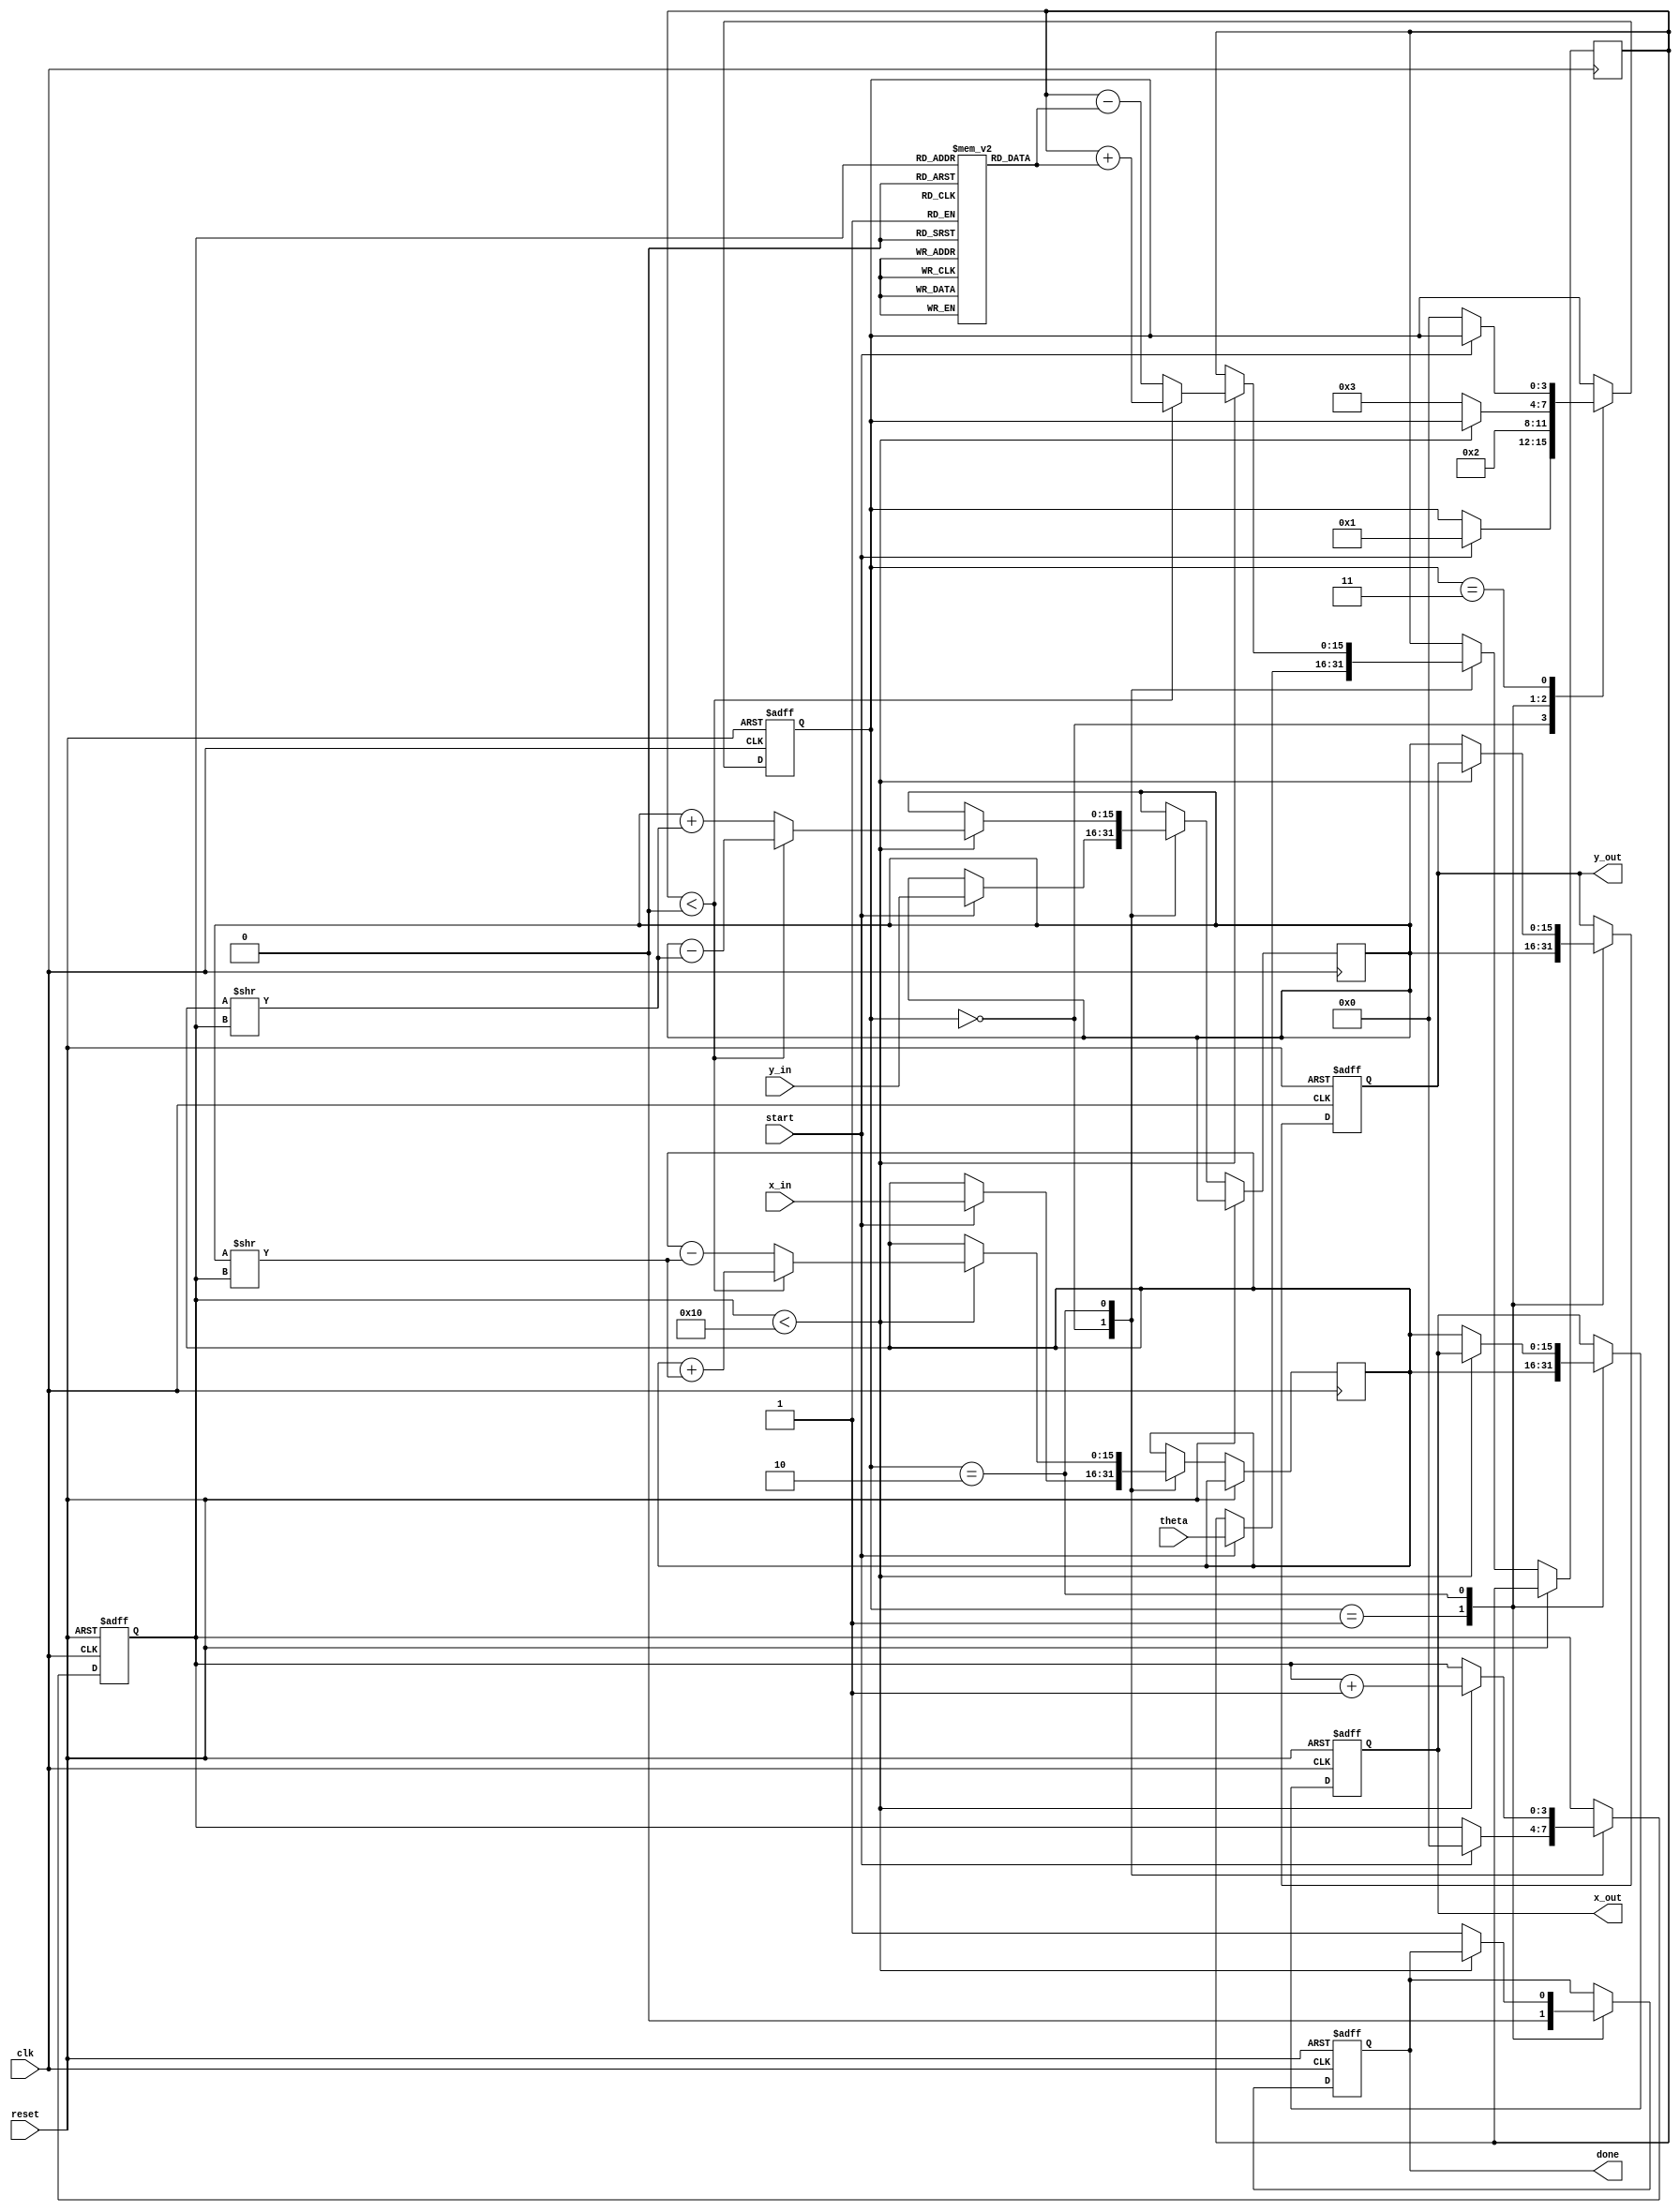
module cordic (
    input wire clk,
    input wire reset,
    input wire start,
    input wire [15:0] theta, // Angle input (fixed-point representation)
    input wire [15:0] x_in,  // X input vector (fixed-point representation)
    input wire [15:0] y_in,  // Y input vector (fixed-point representation)
    output reg [15:0] x_out, // Resultant X output vector
    output reg [15:0] y_out, // Resultant Y output vector
    output reg done          // Status signal indicating completion
);

    // CORDIC parameters
    parameter NUM_ITERATIONS = 16;
    reg [15:0] angle_table [0:NUM_ITERATIONS-1]; // Precomputed angles
    reg [15:0] x, y, z; // Internal registers for x, y, and theta
    reg [3:0] state; // FSM state
    reg [3:0] iteration; // Iteration counter

    // Initialize angle table (in radians, fixed-point)
    initial begin
        angle_table[0] = 16'h2000; // atan(2^-0)
        angle_table[1] = 16'h1666; // atan(2^-1)
        angle_table[2] = 16'h0CCC; // atan(2^-2)
        angle_table[3] = 16'h0A3D; // atan(2^-3)
        angle_table[4] = 16'h0524; // atan(2^-4)
        angle_table[5] = 16'h028B; // atan(2^-5)
        angle_table[6] = 16'h0142; // atan(2^-6)
        angle_table[7] = 16'h00A1; // atan(2^-7)
        angle_table[8] = 16'h0051; // atan(2^-8)
        angle_table[9] = 16'h0028; // atan(2^-9)
        angle_table[10] = 16'h0014; // atan(2^-10)
        angle_table[11] = 16'h000A; // atan(2^-11)
        angle_table[12] = 16'h0005; // atan(2^-12)
        angle_table[13] = 16'h0002; // atan(2^-13)
        angle_table[14] = 16'h0001; // atan(2^-14)
        angle_table[15] = 16'h0000; // atan(2^-15)
    end

    // FSM states
    localparam IDLE = 4'b0000,
               INIT = 4'b0001,
               CALC = 4'b0010,
               DONE = 4'b0011;

    // FSM and CORDIC computation
    always @(posedge clk or posedge reset) begin
        if (reset) begin
            state <= IDLE;
            done <= 0;
            iteration <= 0;
            x_out <= 0;
            y_out <= 0;
        end else begin
            case (state)
                IDLE: begin
                    if (start) begin
                        x <= x_in;
                        y <= y_in;
                        z <= theta;
                        iteration <= 0;
                        state <= INIT;
                    end
                end

                INIT: begin
                    // Initialize outputs
                    x_out <= x;
                    y_out <= y;
                    done <= 0;
                    state <= CALC;
                end

                CALC: begin
                    if (iteration < NUM_ITERATIONS) begin
                        if (z < 0) begin
                            // Rotate clockwise
                            x <= x + (y >> iteration);
                            y <= y - (x >> iteration);
                            z <= z + angle_table[iteration];
                        end else begin
                            // Rotate counter-clockwise
                            x <= x - (y >> iteration);
                            y <= y + (x >> iteration);
                            z <= z - angle_table[iteration];
                        end
                        iteration <= iteration + 1;
                    end else begin
                        // Finished all iterations
                        x_out <= x;
                        y_out <= y;
                        done <= 1;
                        state <= DONE;
                    end
                end

                DONE: begin
                    // Wait for reset or new start signal
                    if (!start) begin
                        state <= IDLE;
                    end
                end
            endcase
        end
    end
endmodule